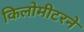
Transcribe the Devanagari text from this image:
किलोमीटरने